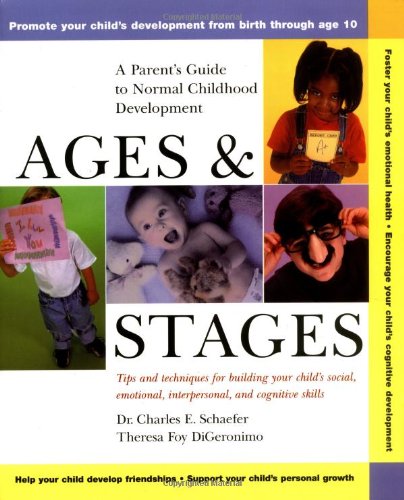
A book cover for Ages and Stages: A Parent's Guide to Normal Childhood Development; Charles E. Schaefer; Health, Fitness & Dieting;